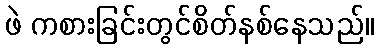
ဖဲ ကစားခြင်းတွင်စိတ်နစ်နေသည်။